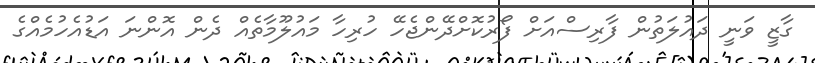
ގާޒީ ވަނީ ދައުލަތުން ފާރިސްއަށް ފޯރުކޮށްދޭންޖެހޭ ހުރިހާ މައުލޫމާތެއް ދެން އޮންނަ އަޑުއެހުމެއްގެ